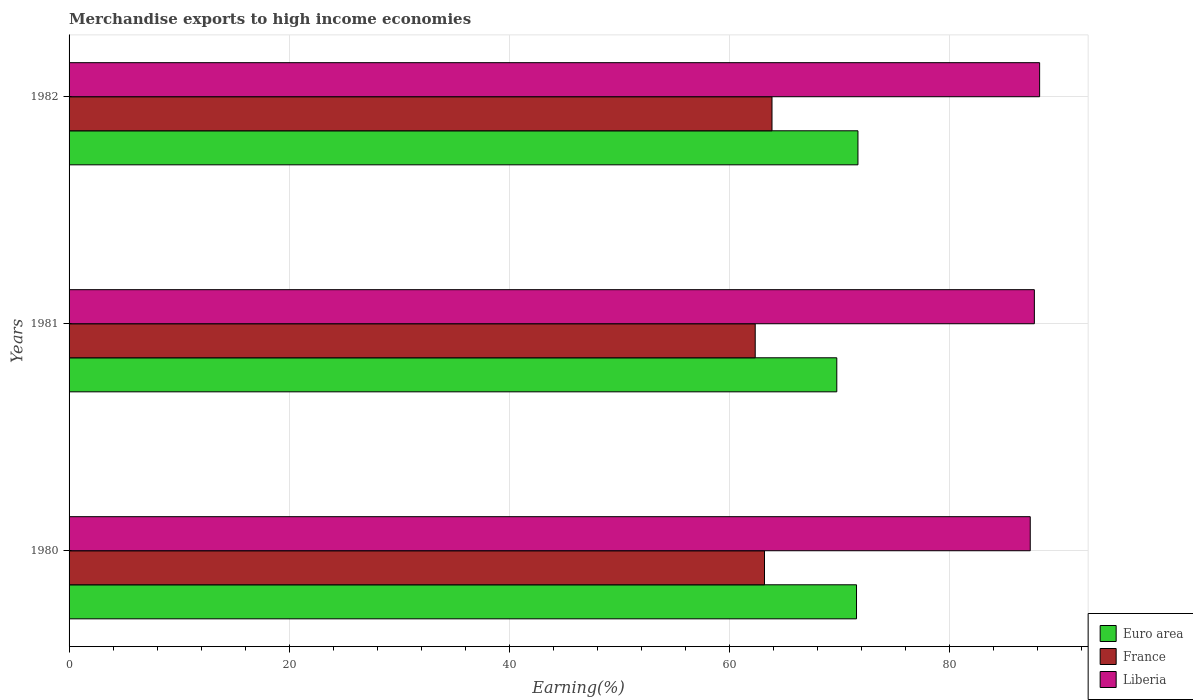
| Years | Euro area | France | Liberia |
 | --- | --- | --- | --- |
 | 1980 | 71.6 | 63.2 | 87.3 |
 | 1981 | 69.8 | 62.3 | 87.7 |
 | 1982 | 71.7 | 63.9 | 88.2 |